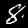
Label: 8